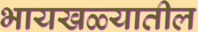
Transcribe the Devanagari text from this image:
भायखळ्यातील